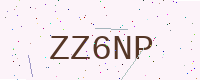
Text: ZZ6NP